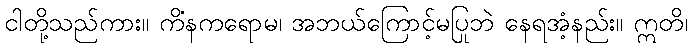
ငါတို့သည်ကား။ ကိံနကရောမ၊ အဘယ်ကြောင့်မပြုဘဲ နေရအံ့နည်း။ ဣတိ၊